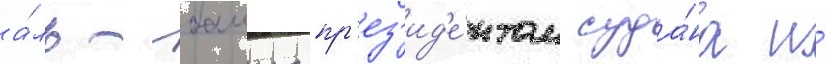
а́ль-башира пр'ез'ид'е́нтом суда́на и́